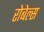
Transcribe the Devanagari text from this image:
रोबेल्‍स